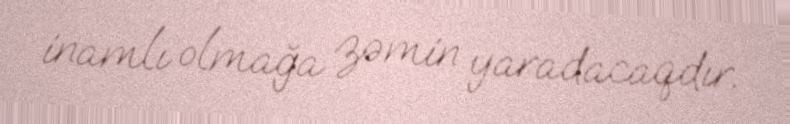
inamlı olmağa zəmin yaradacaqdır.